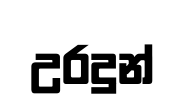
උරදුන්